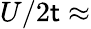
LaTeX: U/2\mathsf{t}\approx